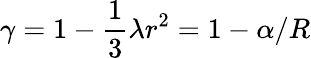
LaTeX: \gamma=1-\frac{1}{3}\lambda r^{2}=1-\alpha/R